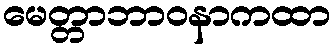
မေတ္တာဘာဝနာကထာ